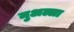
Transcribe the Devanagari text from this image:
मुअल्ला